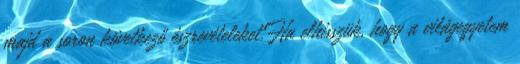
majd a soron következő észrevételeket.Ha elhisszük, hogy a világegyetem